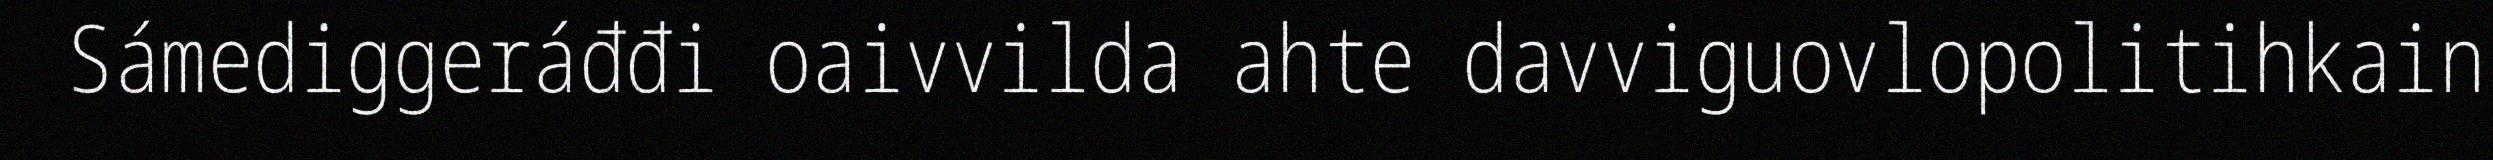
Sámediggeráđđi oaivvilda ahte davviguovlopolitihkain